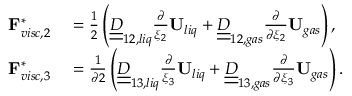
\begin{array} { r l } { \mathbf { F } _ { v i s c , 2 } ^ { * } } & { { } = \frac { 1 } { 2 } \left( \underline { { \underline { { D } } } } _ { 1 2 , l i q } \frac { \partial } { \xi _ { 2 } } \mathbf { U } _ { l i q } + \underline { { \underline { { D } } } } _ { 1 2 , g a s } \frac { \partial } { \partial \xi _ { 2 } } \mathbf { U } _ { g a s } \right) , } \\ { \mathbf { F } _ { v i s c , 3 } ^ { * } } & { { } = \frac { 1 } { \partial 2 } \left( \underline { { \underline { { D } } } } _ { 1 3 , l i q } \frac { \partial } { \xi _ { 3 } } \mathbf { U } _ { l i q } + \underline { { \underline { { D } } } } _ { 1 3 , g a s } \frac { \partial } { \partial \xi _ { 3 } } \mathbf { U } _ { g a s } \right) . } \end{array}